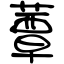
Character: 蕈